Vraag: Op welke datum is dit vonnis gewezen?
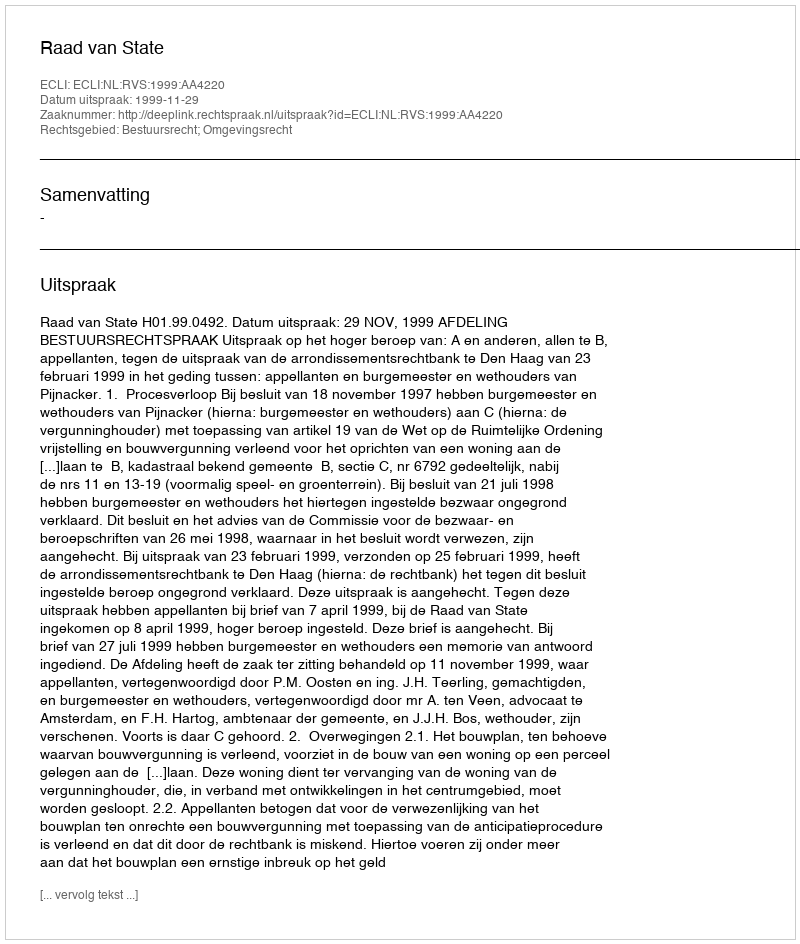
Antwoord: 1999-11-29